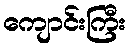
ကျောင်းကြီး